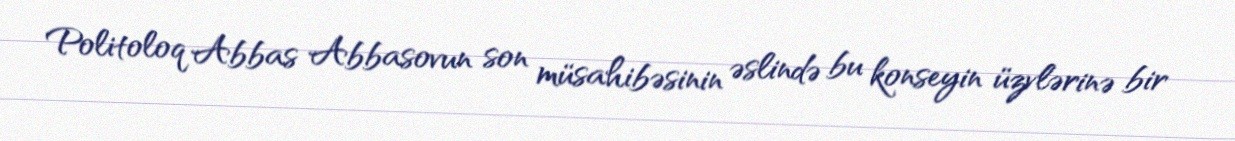
Politoloq Abbas Abbasovun son müsahibəsinin əslində bu konseyin üzvlərinə bir